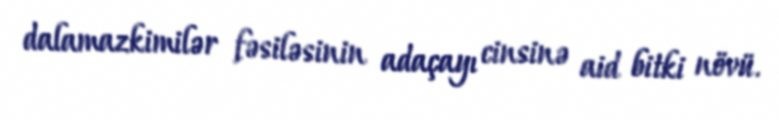
dalamazkimilər fəsiləsinin adaçayı cinsinə aid bitki növü.